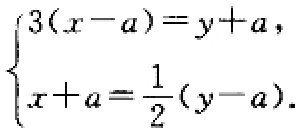
$\begin{cases}3(x - a)=y + a,\\x + a=\frac{1}{2}(y - a).\end{cases}$